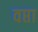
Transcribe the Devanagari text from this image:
वप्ता